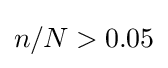
{\textstyle n/N>0.05}